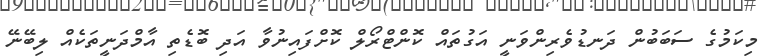
މިކަމުގެ ސަބަބުން ދަނޑުވެރިންވަނީ އަގުތައް ކޮންޓްރޯލް ކޮށްފައިނުވާ އަދި ބޮޑެތި އާމްދަނީތަކެއް ލިބޭނޭ